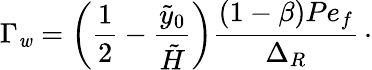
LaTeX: \Gamma_{\mathit{w}}=\left(\frac{{1}}{{2}}-\frac{{\tilde{{y}}_{0}}}{{\tilde{{H}}}}\right)\frac{{(1-\beta)Pe_{f}}}{{\Delta_{R}}}\, \cdot